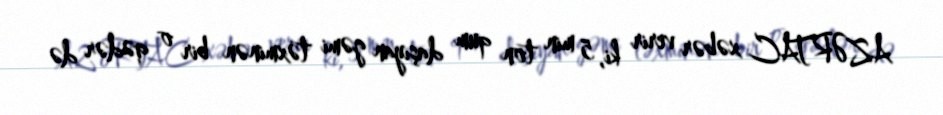
AZƏRTAC xəbər verir ki, 5 min ton qum daşıyan gəmi təxminən bir o qədər də